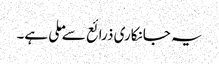
یہ جانکاری ذرائع سے ملی ہے۔